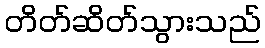
တိတ်ဆိတ်သွားသည်